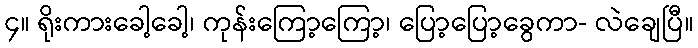
၄။ ရိုးကားခေါ့ခေါ့၊ ကုန်းကြော့ကြော့၊ ပြော့ပြော့ခွေကာ- လဲချေပြီ။